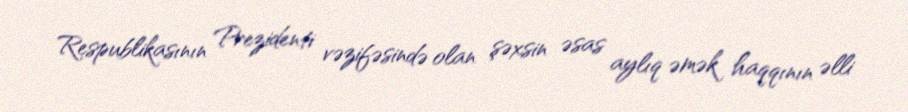
Respublikasının Prezidenti vəzifəsində olan şəxsin əsas aylıq əmək haqqının əlli